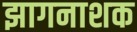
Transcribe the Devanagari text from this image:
झागनाशक